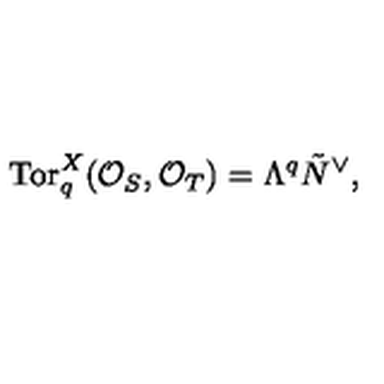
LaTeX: \mathrm { T o r } _ { q } ^ { X } ( { \cal O } _ { S } , { \cal O } _ { T } ) = \Lambda ^ { q } \tilde { N } ^ { \vee } ,